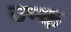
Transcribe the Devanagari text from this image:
ज्न्क